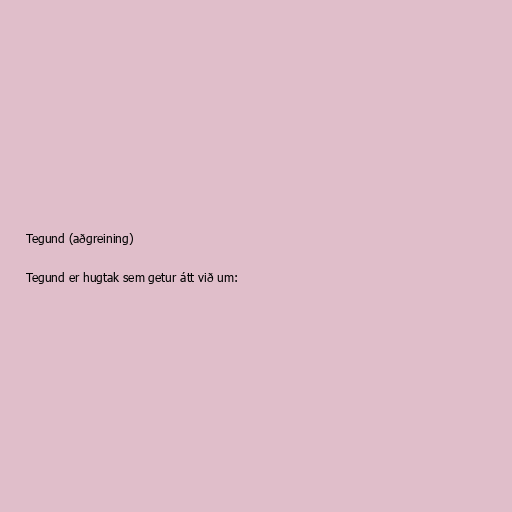
Tegund (aðgreining)

Tegund er hugtak sem getur átt við um: